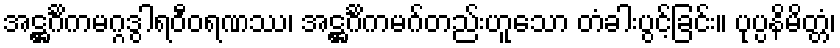
အဋ္ဌင်္ဂိကမဂ္ဂဒွါရဝီဝရဏဿ၊ အဋ္ဌင်္ဂိကမဂ်တည်းဟူသော တံခါးပွင့်ခြင်း။ ပုပ္ပနိမိတ္တံ၊